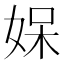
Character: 𭑼